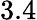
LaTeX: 3.4